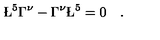
\L ^ { 5 } \Gamma ^ { \nu } - \Gamma ^ { \nu } \L ^ { 5 } = 0 \quad .